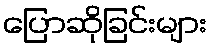
ပြောဆိုခြင်းများ